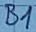
Text: B1